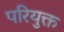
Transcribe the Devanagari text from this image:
परियुक्त